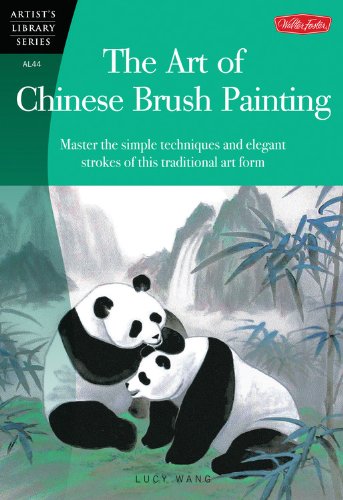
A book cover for The Art of Chinese Brush Painting: Master the simple techniques and elegant strokes of this traditional art form (Artist's Library); Lucy Wang; Arts & Photography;